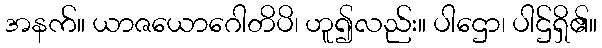
အနက်။ ယာဇယောဂေါတိပိ၊ ဟူ၍လည်း။ ပါဌော၊ ပါဌ်ရှိ၏။